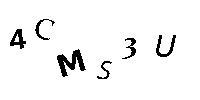
4CMS3U